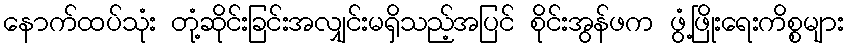
နောက်ထပ်သုံး တုံ့ဆိုင်းခြင်းအလျှင်းမရှိသည့်အပြင် စိုင်းအွန်ဖက ဖွံ့ဖြိုးရေးကိစ္စများ